Vaccination report Assam 1896-1927 - 1896-1927
Year: 1896
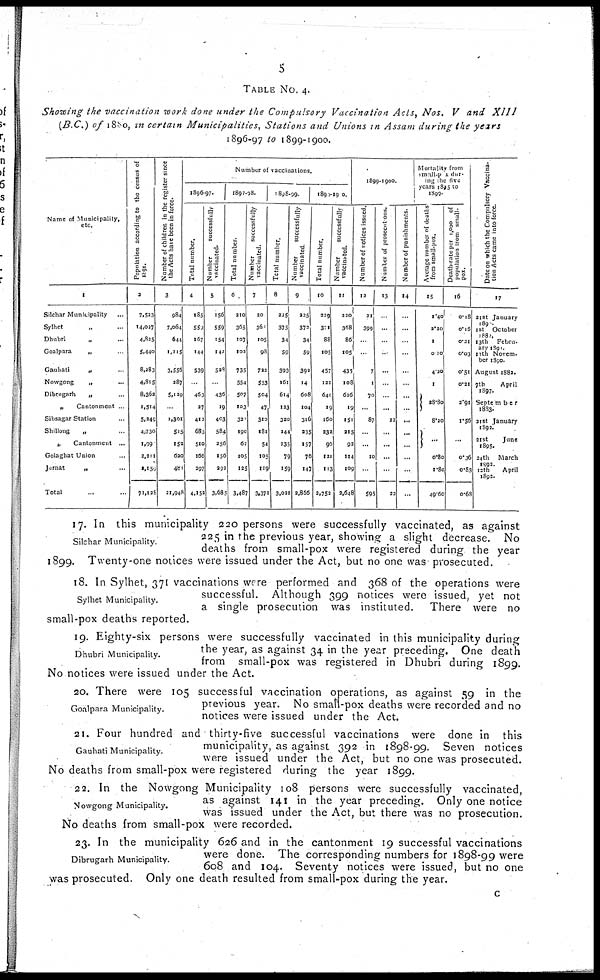
5
TABLE No. 4.
Showing the vaccination work done under the Compulsory Vaccination Acts, Nos. V and
XIII
(B.C.) of 1880, in certain Municipalities,
Stations and Unions in Assam during the years
1896-97 to 1899-1900.
Name of Municipality,
etc.
1
Silchar Municipality ...
Sylhet ... ...
Dhubri
„ ...
Goalpara
„ ...
Gauhati
„ ...
Nowgong
„ ...
Dibrugarh
„ ...
„
Cantonment
Sibsagar Station ...
Shillong
„ ...
„ Cantonment ...
Golaghat Union ...
Jorhat
„ ...
Total ... ...
Population according to the census of
1891
2
7,523
14,027
4,825
5,440
8,283
4,815
8,362
1,514
5,249
4,730
1,99
2,211
1,159
71,128
Number of children in the register since
the Acts have been in force.
3
984
7,064
644
1,215
3,556
287
5,120
...
1,301
515
152
620
481
21,948
Number of vaccinations.
1896-97.
Total number.
4
185
559
167
144
539
...
463
27
413
683
510
166
297
4,152
Number
successfully
vaccinated.
5
156
559
154
142
528
...
436
19
403
584
256
156
292
3,685
1897-98.
Total number.
6
210
365
107
102
735
554
507
103
322
190
62
105
125
3,487
Number
successfully
vaccinated.
7
20
365
105
98
722
553
504
47
310
181
54
105
119
3,371
1898-99
Total number.
8
225
375
34
59
393
161
614
123
320
244
235
79
159
3,021
Number
successfully
vaccinated
9
225 372
34
59
392
14
608
104
316
235
157
76
147
2,866
1899-1900.
Total number.
10
229
371
88
105
457
121
640
19
160
232
96
121
113
2,752
Number
successfully
vaccinated.
11
220
368
86
105
435
108
626
19
151
215
92
114
109
2,648
1899-1900.
Number of notices issued.
12
21
399
...
...
7
1
70
...
87
...
...
10
...
595
Number of prosecut ons.
13
...
...
...
...
...
...
...
...
22
...
...
...
...
22
Number of punishments.
14
...
...
...
...
...
...
...
...
...
...
...
...
...
Mortality from
small-pox dur-
ing the five
years 1895 to
1899.
Average number of deaths
from small-pox.
15
1.40
2.20
1
0.20
4.20
1
28.80
8.20
...
0.80
1.80
49.60
Death-rate per 1,000 of
population from small-
pox.
16
0.18
0.16
0.31
0.03
0.51
0.21
2.91
1.56
...
0.36
0.83
0.68
Date on which the Compulsory Vaccina-
tion Acts came into force.
17
21st January
1890.
1st
October
1882.
13th
Febru-
ary 1891.
13th Novem-
ber 1890.
August 1882.
7th
April
1897.
September
1883.
21st January
1892.
21st
June
1895.
24th
March
1892.
12th
April
1892.
Silchar Municipality.
17. In this municipality 220 persons were successfully vaccinated, as against
225 in the previous year, showing a slight decrease. No
deaths from small-pox were registered during the year
1899. Twenty-one notices were issued under the Act, but no one was prosecuted.
Sylhet Municipality.
18. In Sylhet, 371 vaccinations were performed and 368 of the operations were
successful. Although 399 notices were issued, yet not
a single prosecution was instituted. There were no
small-pox deaths reported.
Dhubri Municipality.
19. Eighty-six persons were successfully vaccinated in this municipality during
the year, as against 34 in the year preceding. One death
from small-pox was registered in Dhubri during 1899.
No notices were issued under the Act.
Goalpara Municipality.
20. There were 105 successful vaccination operations, as against 59 in the
previous year. No small-pox deaths were recorded and no
notices were issued under the Act.
Gauhati Municipality.
21. Four hundred and thirty-five successful vaccinations were done in this
municipality, as against 392 in 1898-99. Seven notices
were issued under the Act, but no one was prosecuted.
No deaths from small-pox were registered during the year 1899.
Nowgong Municipality.
22. In the Nowgong Municipality 108 persons were successfully vaccinated,
as against 141 in the year preceding. Only one notice
was issued under the Act, but there was no prosecution.
No deaths from small-pox were recorded.
Dibrugarh Municipality.
23. In the municipality 626 and in the cantonment 19 successful vaccinations
were done. The corresponding numbers for 1898-99 were
608 and 104. Seventy notices were issued, but no one
was prosecuted. Only one death resulted from small-pox during the year.
c